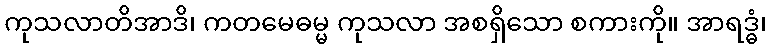
ကုသလာတိအာဒိ၊ ကတမေဓမ္မ ကုသလာ အစရှိသော စကားကို။ အာရဒ္ဓံ၊